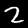
Label: 2